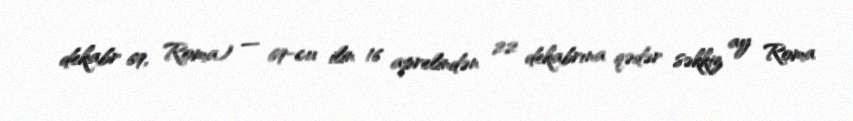
dekabr 69, Roma) — 69-cu ilin 16 aprelindən 22 dekabrına qədər səkkiz ay Roma